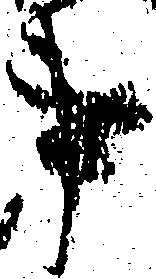
事